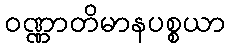
ဝဏ္ဏာတိမာနပစ္စယာ